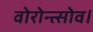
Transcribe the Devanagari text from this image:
वोरोन्त्सोव।